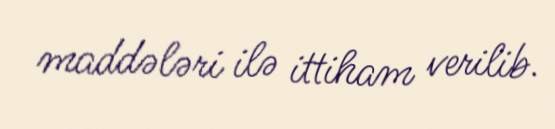
maddələri ilə ittiham verilib.